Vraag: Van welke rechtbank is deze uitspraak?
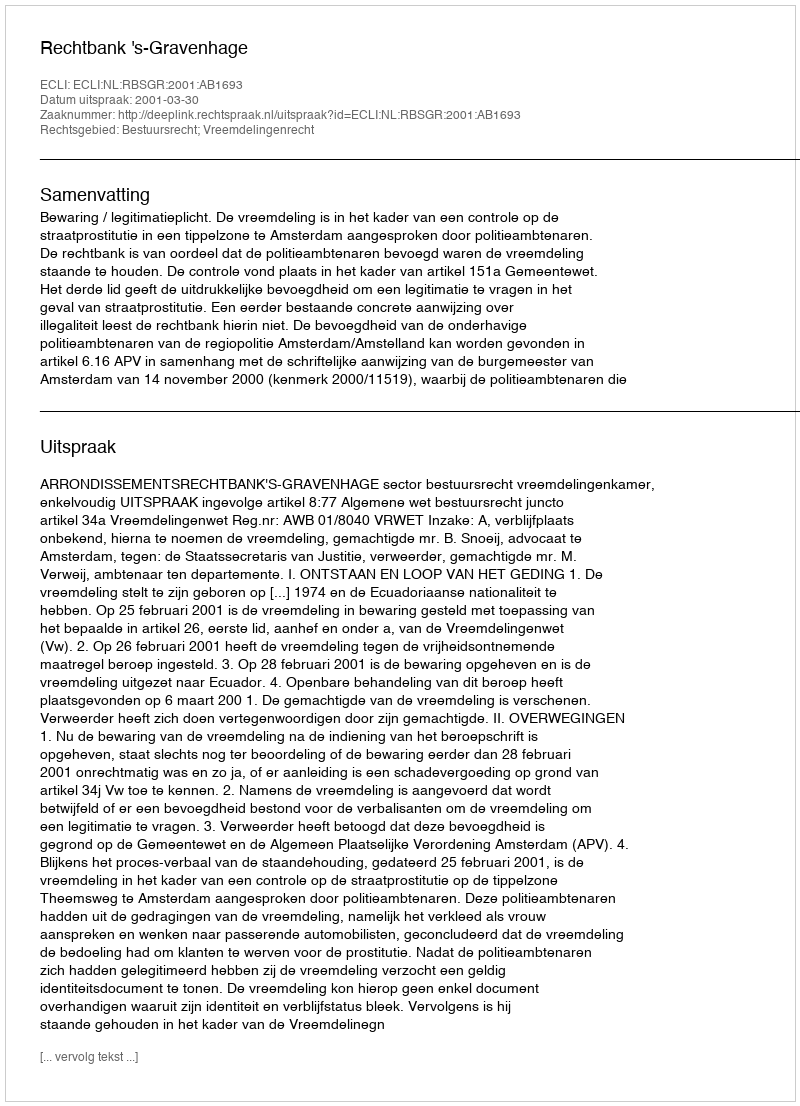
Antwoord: Rechtbank 's-Gravenhage